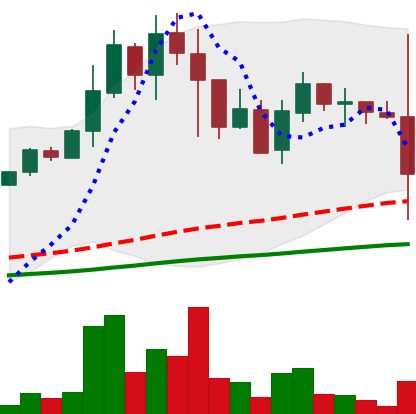
Ticker: DOGE-USD
Chart end date: 2021-05-19
Forward return: 9.918%
Label: up_7plus